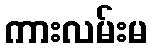
ကားလမ်းမ